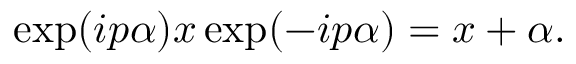
\exp ( i p \alpha ) x \exp ( - i p \alpha ) = x + \alpha .